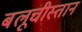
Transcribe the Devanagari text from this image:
बलूचीस्तान